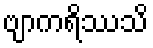
ဗျာကရိဿသိ